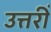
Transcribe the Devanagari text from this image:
उत्तरीं